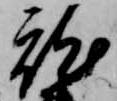
就